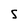
Character: S